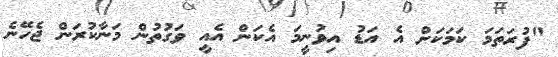
"ފުރަތަމަ ކަމަކަށް އެ އަޑު އިވުނީމަ އެކަން އެއީ ވަގުތުން މަނާކުރަން ޖެހޭނެ